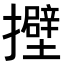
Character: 𢸵